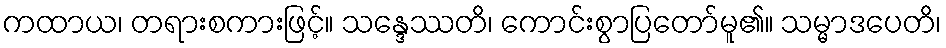
ကထာယ၊ တရားစကားဖြင့်။ သန္ဒေဿတိ၊ ကောင်းစွာပြတော်မူ၏။ သမ္မာဒပေတိ၊